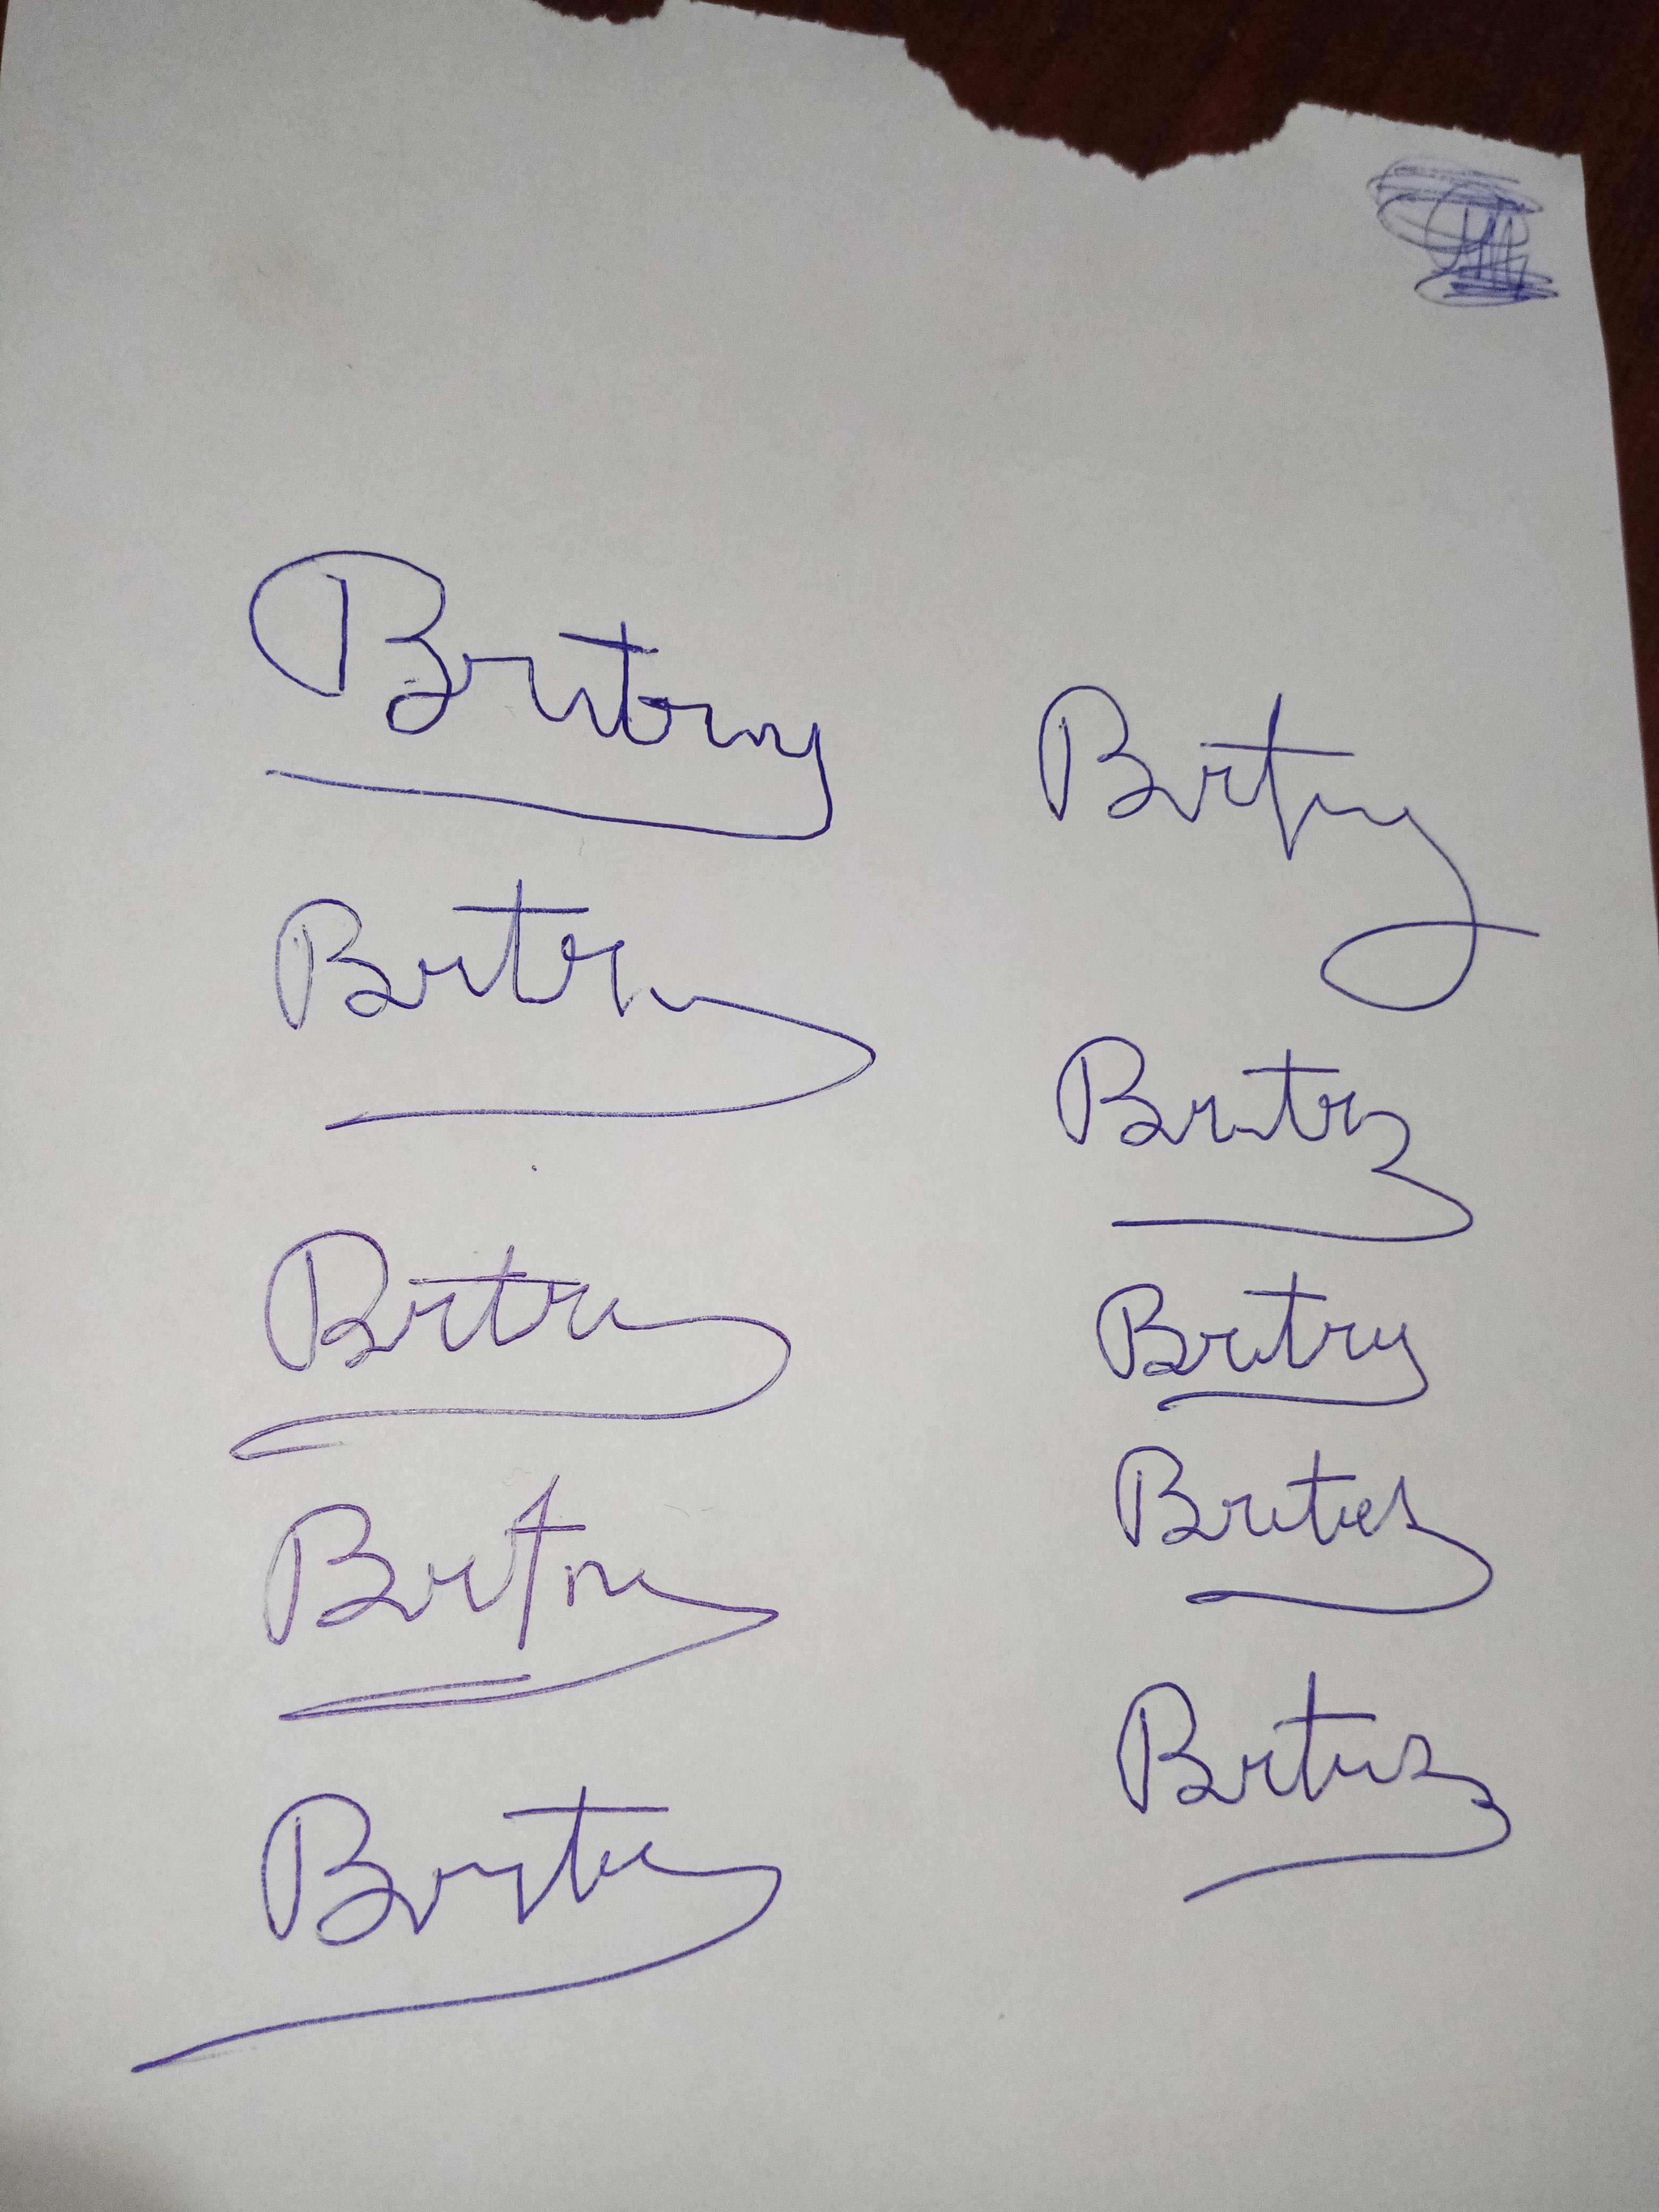
Signature authenticity: forged